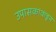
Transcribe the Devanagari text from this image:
उपासकांकडून